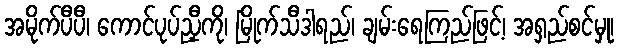
အမိုက်ပီပီ၊ ကောင်ပုပ်ညှီကို၊ မြိုက်သီဒါရည်၊ ချမ်းရေကြည်ဖြင့်၊ အရှည်စင်မှု၊